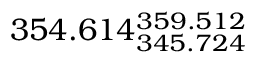
3 5 4 . 6 1 4 _ { 3 4 5 . 7 2 4 } ^ { 3 5 9 . 5 1 2 }